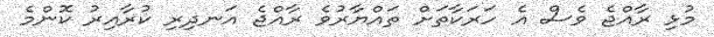
މުޅި ރާއްޖެ ވެސް އެ ހަރަކާތަށް ތައްޔާރުވެ ރާއްޖެ އަނދިރި ކުރާއިރު ކޮންމެ